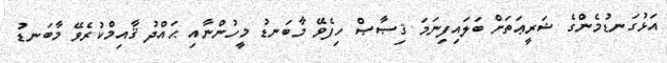
އަޅުގަނޑުމެންގެ ޝަރީޢަތަށް ބަލައިފިނަމަ ޤިޞާޞް ހިފެވޭ މާބަނޑު މީހުންނާއި ޙައްދު ޤާއިމްކުރެވޭ މާބަނޑު